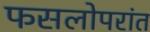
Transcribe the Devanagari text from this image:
फसलोपरांत